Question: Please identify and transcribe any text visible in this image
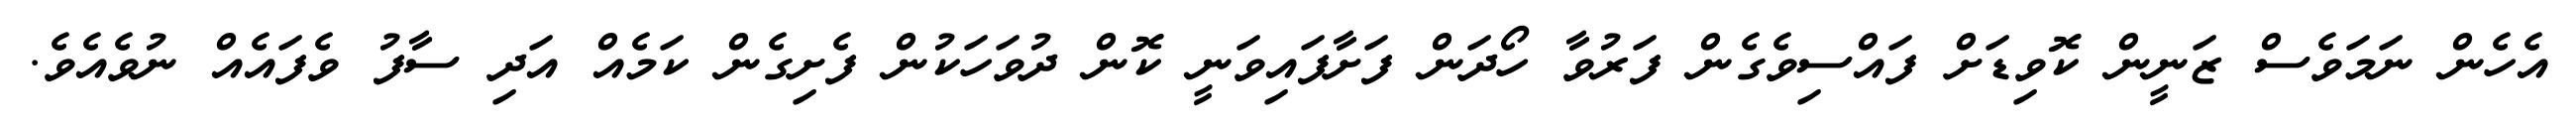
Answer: އެހެން ނަމަވެސް ޒަނީން ކޮވިޑަށް ފައްސިވެގެން ފަރުވާ ހޯދަން ފަށާފައިވަނީ ކޮން ދުވަހަކުން ފެށިގެން ކަމެއް އަދި ސާފު ވެފައެއް ނުވެއެވެ.